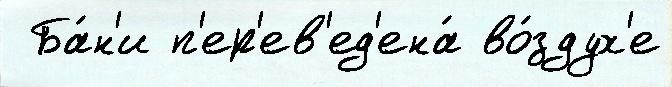
 Ба́н'и п'ер'ев'ед'ена́ во́здух'е